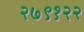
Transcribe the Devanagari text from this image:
२७९१२२